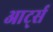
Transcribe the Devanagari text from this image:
आर्ट्स